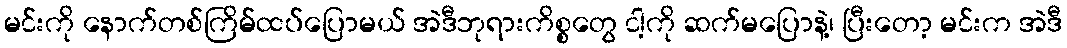
မင်းကို နောက်တစ်ကြိမ်ထပ်ပြောမယ် အဲဒီဘုရားကိစ္စတွေ ငါ့ကို ဆက်မပြောနဲ့၊ ပြီးတော့ မင်းက အဲဒီ